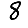
Digit: 8